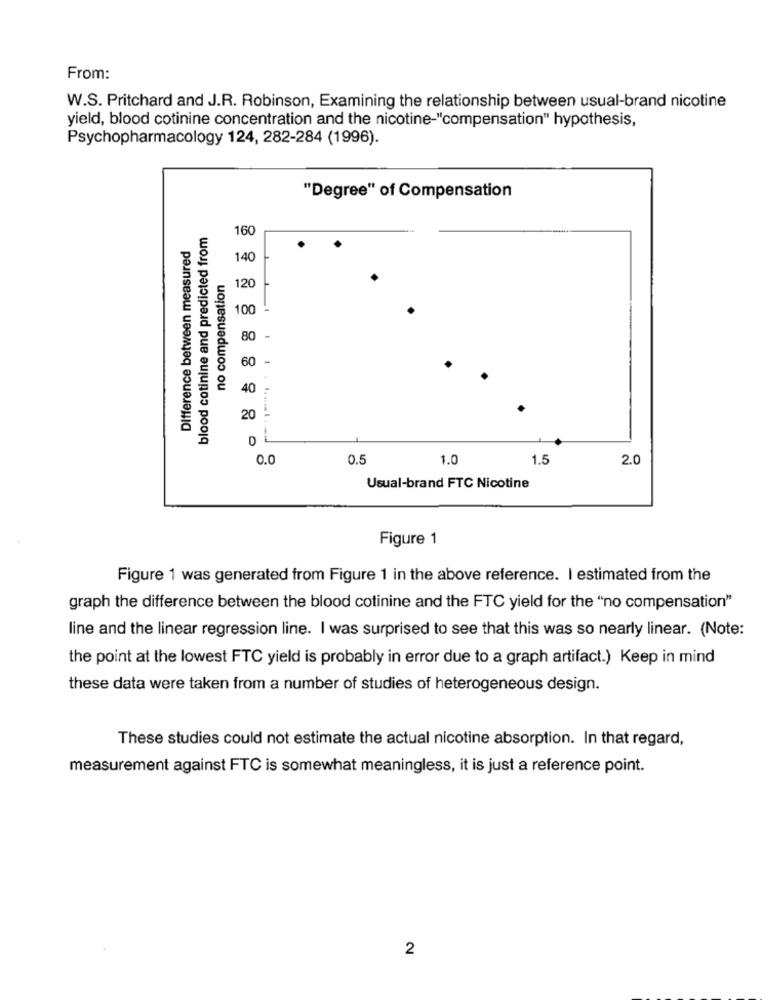
From:
W.S. Pritchard and J.R. Robinson, Examining the relationship between usual-brand nicotine
yield, blood cotinine concentration and the nicotine-"compensation" hypothesis,
Psychopharmacology 124, 282-284 (1996).
"Degree" of Compensation
blood cotinine and predicted from
160
Difference between measured
140
no compensation
120
100 -
80 -
-
40
Di
0.0
0.5
1.0
1.5
2.0
Usual-brand FTC Nicotine
Figure 1
Figure 1 was generated from Figure 1 in the above reference. I estimated from the
graph the difference between the blood cotinine and the FTC yield for the "no compensation"
line and the linear regression line. I was surprised to see that this was so nearly linear. (Note:
the point at the lowest FTC yield is probably in error due to a graph artifact.) Keep in mind
these data were taken from a number of studies of heterogeneous design.
These studies could not estimate the actual nicotine absorption. In that regard,
measurement against FTC is somewhat meaningless, it is just a reference point.
2